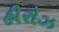
હીરોઝ